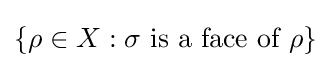
{\textstyle \{\rho \in X:\sigma {\text{ is a face of }}\rho \}}